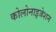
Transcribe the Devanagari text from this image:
कोलोनाइजेशन